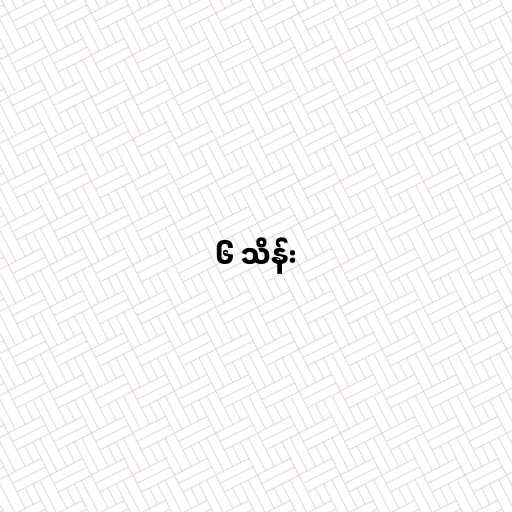
၆ သိန်း